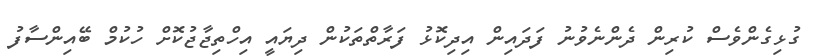
ގުޅިގެންވެސް ކުރިން ދެންނެވުނު ފަދައިން އިދިކޮޅު ފަރާތްތަކުން ދިޔައީ އިހްތިޖާޖުކޮށް ހުކުމް ބޭއިންސާފު